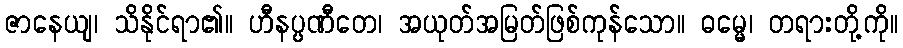
ဇာနေယျ၊ သိနိုင်ရာ၏။ ဟီနပ္ပဏီတေ၊ အယုတ်အမြတ်ဖြစ်ကုန်သော။ ဓမ္မေ၊ တရားတို့ကို။